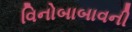
વિનોબાબાવની